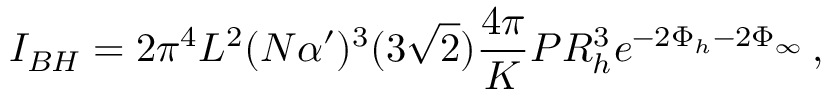
I _ { B H } = 2 \pi ^ { 4 } L ^ { 2 } ( N \alpha ^ { \prime } ) ^ { 3 } ( 3 \sqrt { 2 } ) \frac { 4 \pi } { K } { \cal P } R _ { h } ^ { 3 } e ^ { - 2 \Phi _ { h } - 2 \Phi _ { \infty } } \, ,